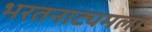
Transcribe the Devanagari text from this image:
भरतनाट्यमला